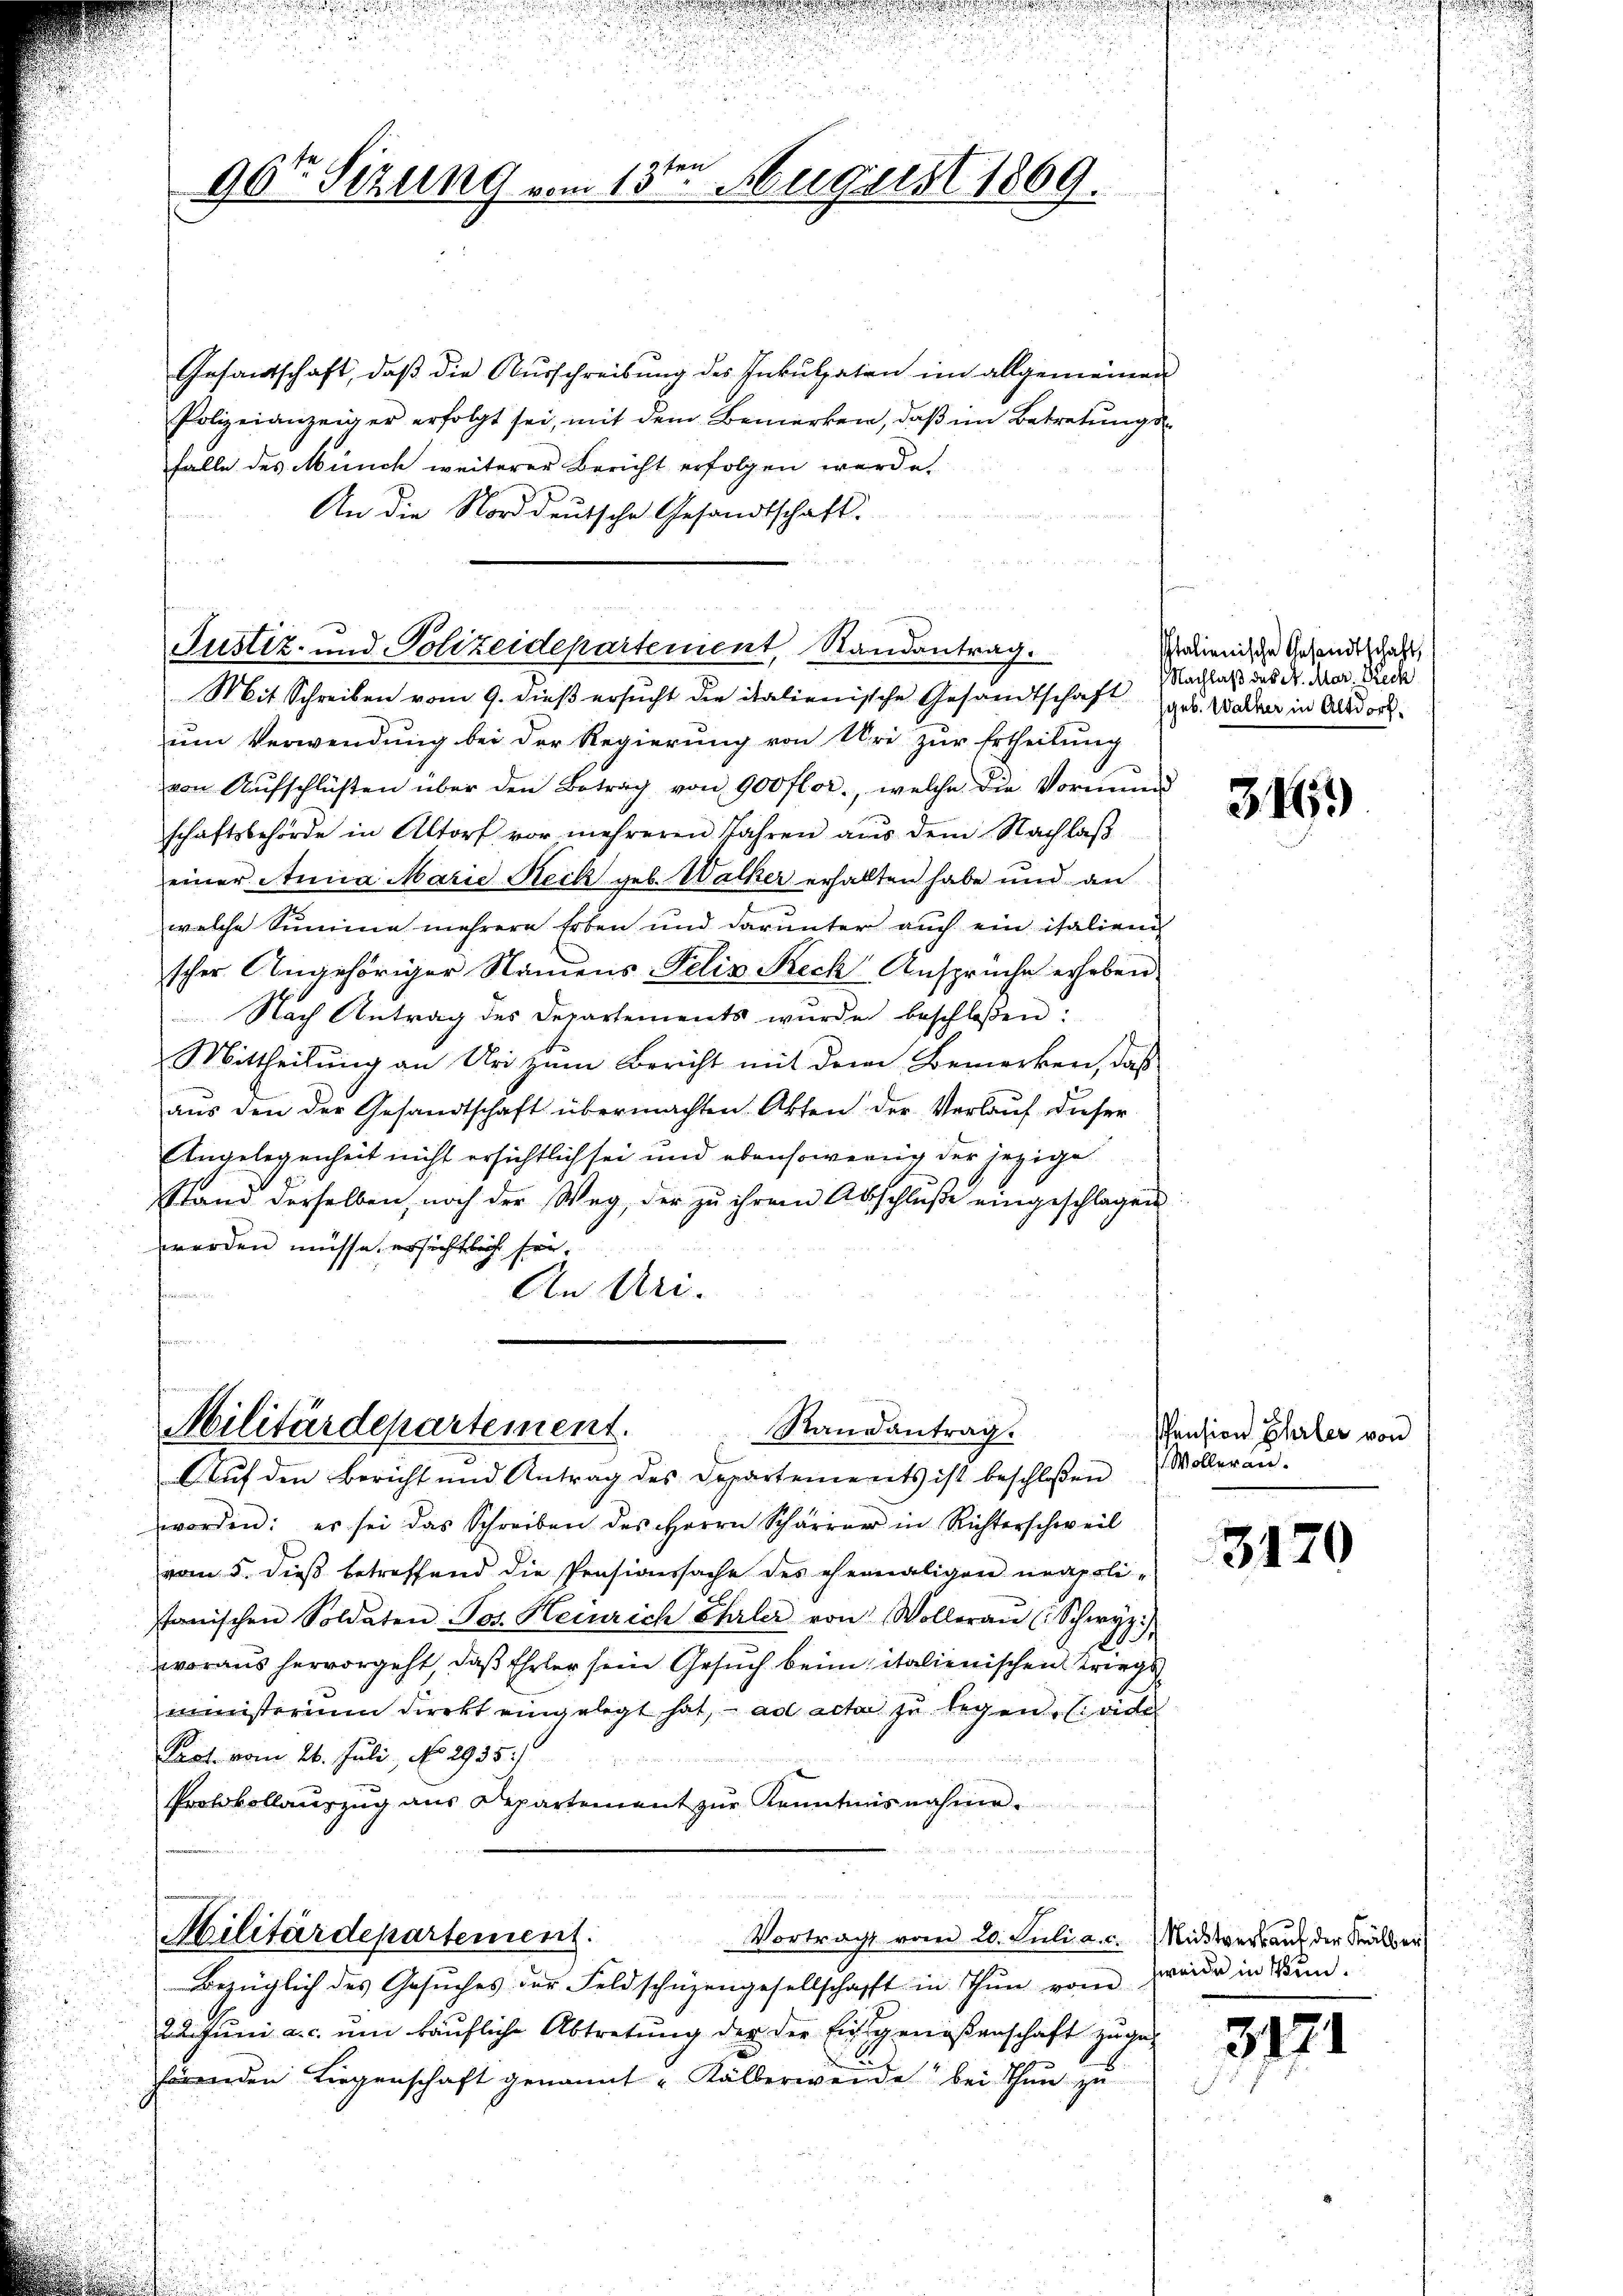
96ten Sizung vom 13te͇n August 1869.

Gesandtschaft, daß die Ausschreibung des Inkulpaten im allgemeinen
Polizeianzeiger erfolgt sei, mit dem Bemerken, daβ im Betretŭngs-
falle des Münch weiterer Bericht erfolgen werde.
An die Norddeutsche Gesandtschaft.

Justiz- und Polizeidepartement Randantrag.

Mit Schreiben vom 9. dieß ersŭcht die italienische Gesandtschaft geb. Walter in Altdorf
um Verwendung bei der Regierung von Uri zur Ertheilung
von Aŭfschlüßen über den Betrag von 900 flor., welche die Vormund
schaftsbehörde in Altorf vor mehreren Jahren aus dem Nachlaß
einer Anna Marie Reck geb. Walker erhalten habe und an
welche Summe mehrere Erben und darunter auch ein italiend
scher Angehöriger Namens-Telis Reck Ansprüche erhoben
Nach Antrag des Departements wurde beschloßen:
Mittheilung an Uri zum Bericht mit dem Bemerken, daß
aus den der Gesandtschaft übermachten Absen der Verlauf dieser
Angelegenheit nicht ersichtlich sei und ebensowenig der jezige
sstand derselben, noch der Weg, der zu ihrem Abschluße eingeschlagen
werden müsse, ersichtlich fer¬
An Uri.
Pennin ein
ten

Militärdepartement.
Randantrag.
Aauf den Bericht und Antrag des Departements ist beschloßen

worden: es sei das Schreiben des Herrn Schärrer in Richterschweil
vom 5. dieß betreffend die Pensionssache des ehemaligen neapolistanischen Soldaten Jos. Heinrich Ehrler von Wolleran (Schwyz.)
woraus hervorgeht, daß Ehrler sein Gesuch beim italienischen Kriegs
ministerium direkt eingelegt hat, ad acta zu legen sind
Pact. vom 26. Juli, No 2935.
 e n d Hennen Sta
Protokollaŭszŭg aŭs Departement zŭr Kenntnisnahme.

Militärdepartement.
Vortracht vom 20. Juli a. c. (Nichtverkauf der Kälber

Bezüglich des Gesŭches der Feldschüzengesellschafft in Thun vom
22. Juni a. c. um käufliche Abtretung der der Eingenoßenschaft zugehörenden Liegenschaft genannt "Kälberwende bei Thun zu

Italienische Gesandtschaft
Nachlaß des St. Mar. Beck

346.

Pension Ehrler von
Woller an.

3170

zweide in Bun¬

3171